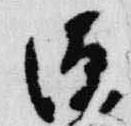
源